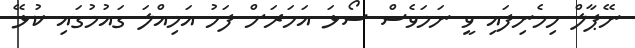
ނޭޕާލް ހިމެނިފައި ވީ ނަމަވެސް ސޯޅަ އަހަރަށް ފަހު އަމިއްލަ ގައުމުގައި ކުޅޭ